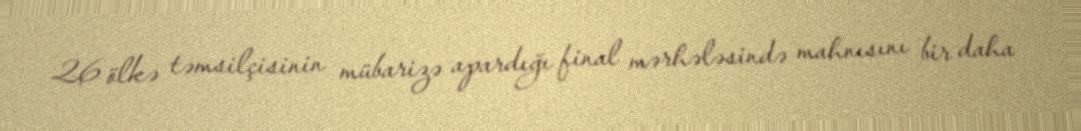
26 ölkə təmsilçisinin mübarizə apardığı final mərhələsində mahnısını bir daha